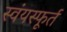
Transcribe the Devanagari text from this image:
स्वंयस्फूर्त